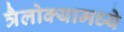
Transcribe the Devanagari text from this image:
त्रैलोक्यामध्ये